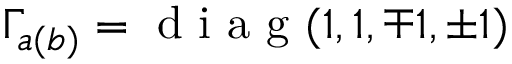
\Gamma _ { a ( b ) } = \mathrm { ~ d ~ i ~ a ~ g ~ } ( 1 , 1 , \mp 1 , \pm 1 )